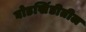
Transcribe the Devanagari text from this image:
घोडखिंडीतील